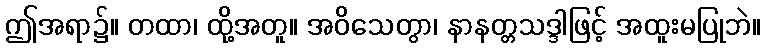
ဤအရာ၌။ တထာ၊ ထို့အတူ။ အဝိသေတွာ၊ နာနတ္တသဒ္ဒါဖြင့် အထူးမပြုဘဲ။